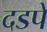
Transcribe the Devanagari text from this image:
दडपे